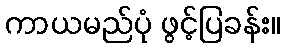
ကာယမည်ပုံ ဖွင့်ပြခန်း။